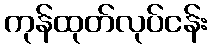
ကုန်ထုတ်လုပ်ငန်း